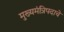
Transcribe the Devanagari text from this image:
मुख्यमंत्रिपदाचे